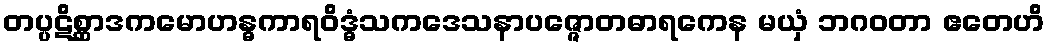
တပ္ပဋိစ္ဆာဒကမောဟန္ဓကာရဝိဒ္ဓံသကဒေသနာပဇ္ဇောတဓာရကေန မယှံ ဘဂဝတာ ဧတေဟိ